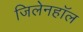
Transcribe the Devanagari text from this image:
जिलेनहॉल